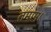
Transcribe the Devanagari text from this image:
तमाम।